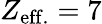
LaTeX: Z_{\mathrm{eff.}}=7